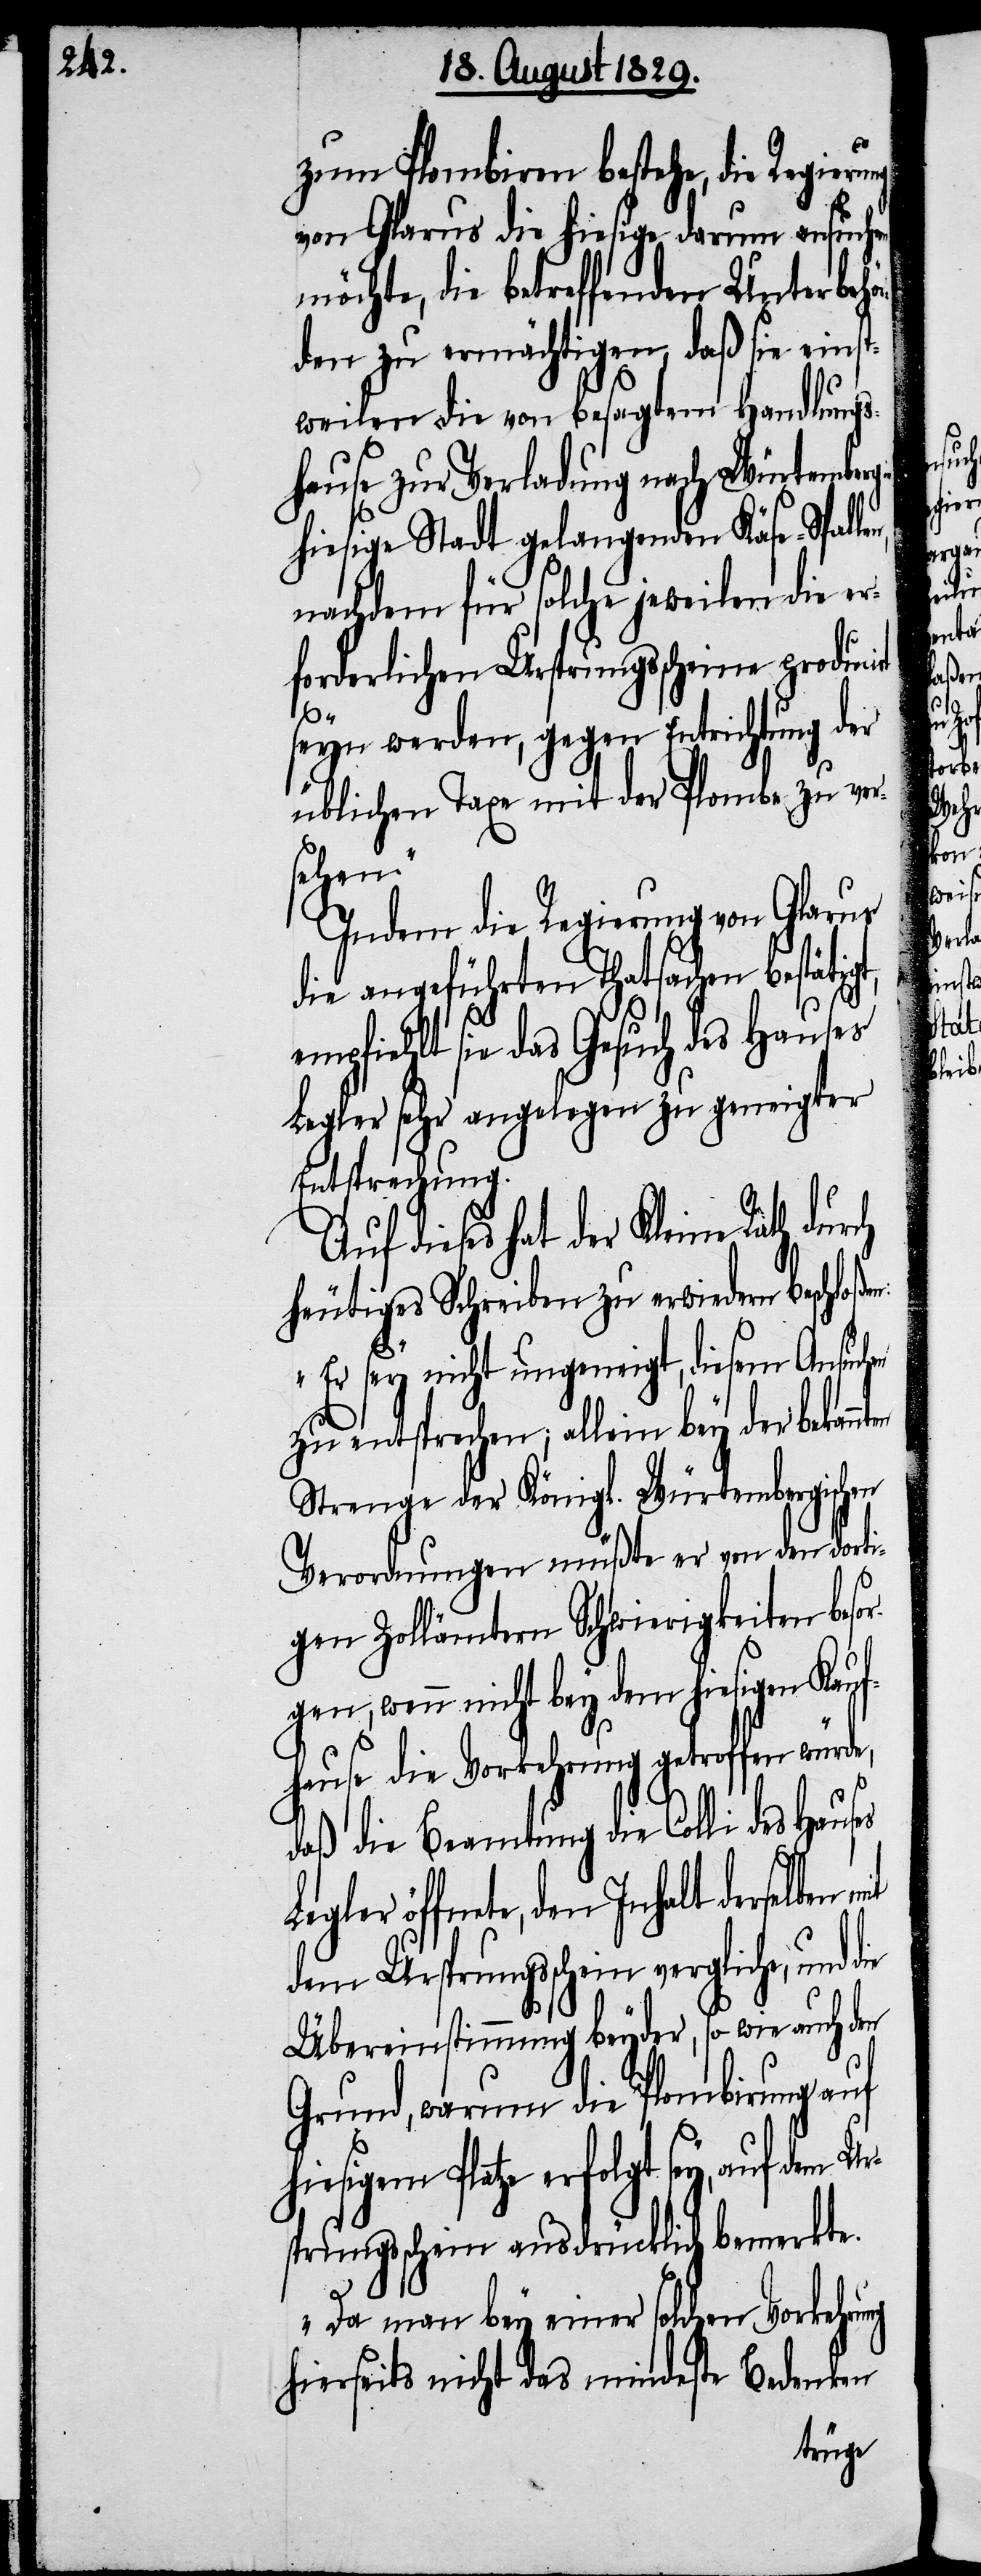
zum Plombiren bestehe, die Regieru¬
von Glarus die hiesige darum ansuch¬
möchte, die betreffenden Unterbehö¬
rden zu ermächtigen, daß sie einst¬
weilen die von besagtem Handlungs¬
hause zur Verladung nach Würtemb¬
hiesige Stadt gelangenden Käse-Spal¬
nachdem für solche jeweilen die er¬
forderlichen Ursprungsscheine producirt
seyn werden, gegen Entrichtung der
üblichen Taxe mit der Plombe zu ver¬
sehen.“
Indem die Regierung von Glarus
die angeführten Thatsachen bestätig¬
ehlt sie das Gesuch des Hauses
Legler sehr angelegen zu geneigter
Entsprechung.
Auf dieses hat der Kleine Rath
heutiges Schreiben zu erwiedern beschloß¬
„Er sey nicht ungeneigt, diesem Ansuch¬
zu entsprechen, allein bey der bekan¬
Strenge der Königl. Würtembergischen
Verordnungen müßte er von den dorti¬
gen Zollämtern Schwierigkeiten beso¬
rgen, wenn nicht bey dem hiesigen Kauf¬
hause die Vorkehrung getroffen würde,
daß die Beamtung die Colli des Hauses
ler öffnete, den Inhalt derselben
dem Ursprungsschein vergliche, und
Übereinstimmung beyder, so wie auch den
Grund, warum die Plombirung auf
hiesigem Platze erfolgt sey, auf dem
sprungsschein ausdrücklich bemerkte.
Da man bey einer solchen Vorkehru¬
hierseits nicht das mindeste Bedenken

durch
ng
mit
Ur¬
die
Leg¬
t, empfi¬
len,